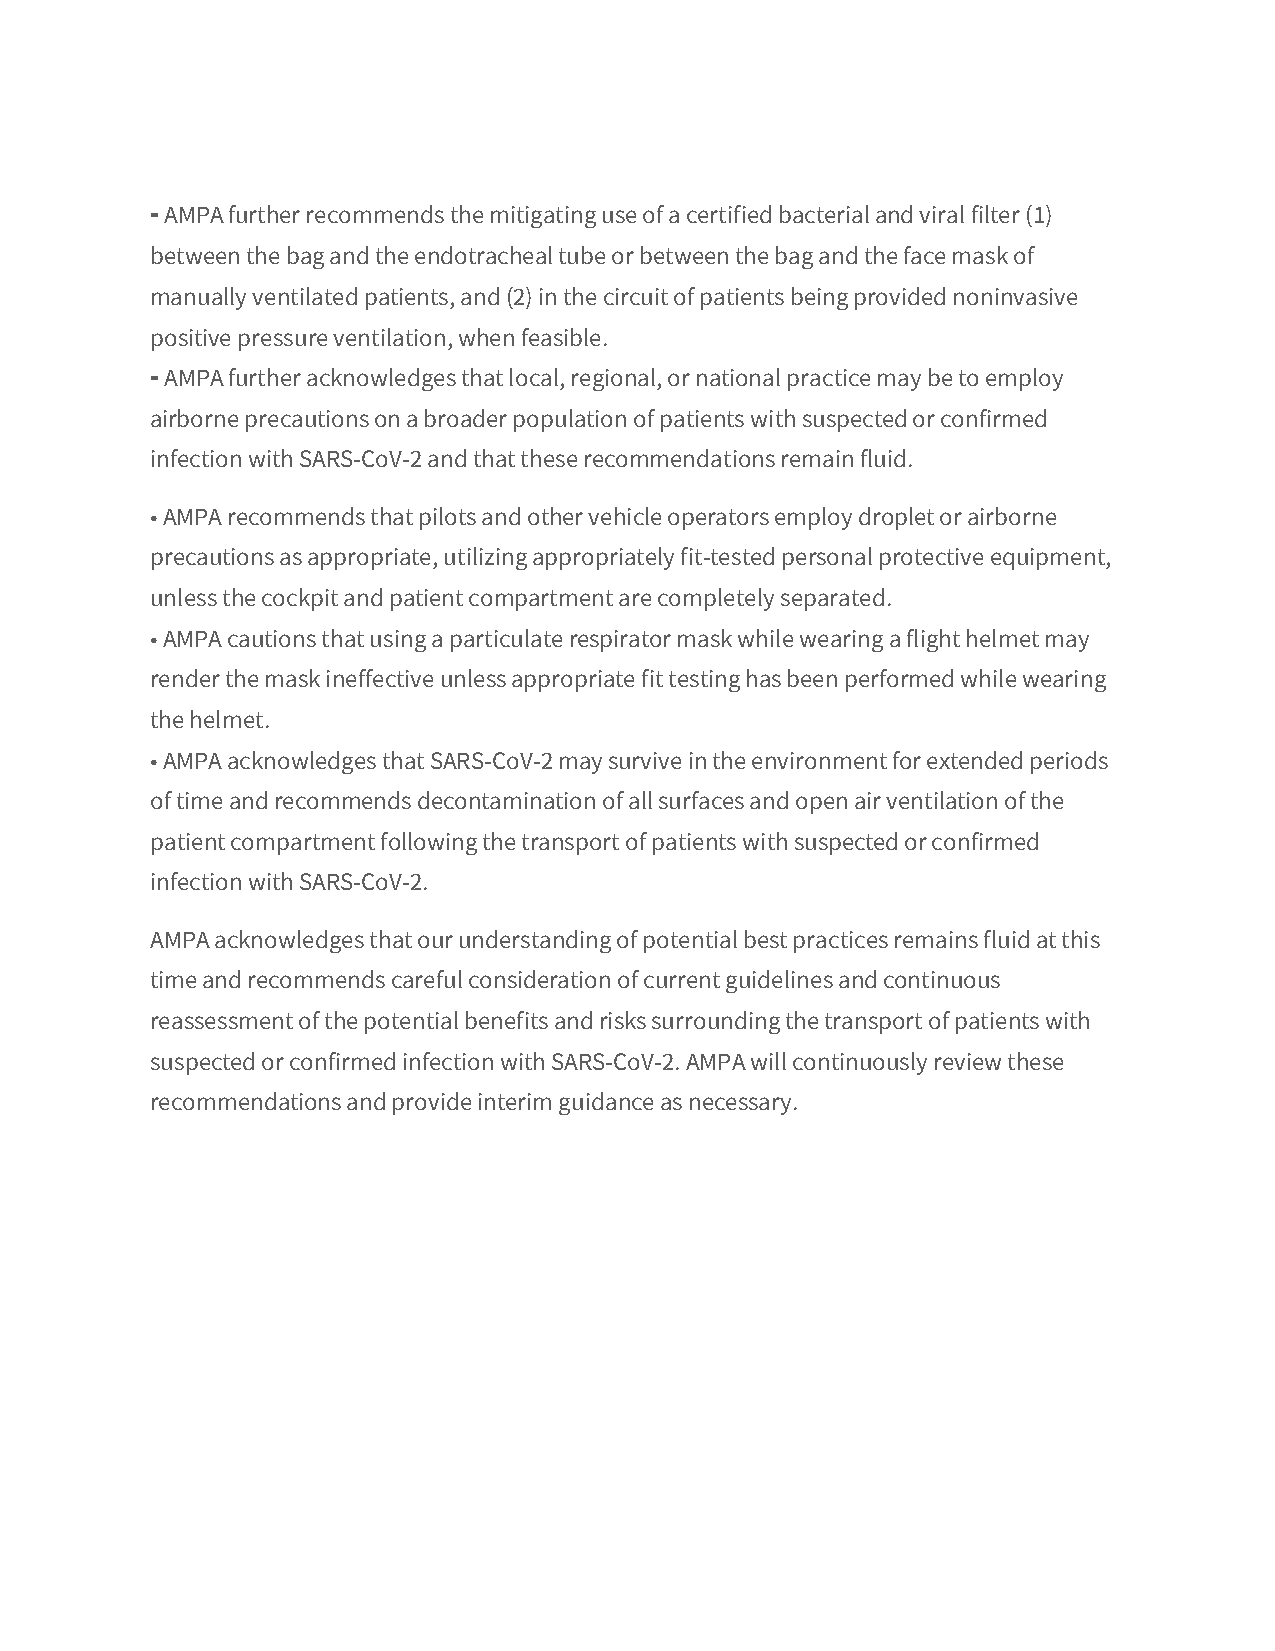
⁃ AMPA further recommends the mitigating use of a certified bacterial and viral filter (1)
 between the bag and the endotracheal tube or between the bag and the face mask of
 manually ventilated patients, and (2) in the circuit of patients being provided noninvasive
 positive pressure ventilation, when feasible.
 ⁃ AMPA further acknowledges that local, regional, or national practice may be to employ
 airborne precautions on a broader population of patients with suspected or confirmed
 infection with SARS-CoV-2 and that these recommendations remain fluid.
 • AMPA recommends that pilots and other vehicle operators employ droplet or airborne
 precautions as appropriate, utilizing appropriately fit-tested personal protective equipment,
 unless the cockpit and patient compartment are completely separated.
 • AMPA cautions that using a particulate respirator mask while wearing a flight helmet may
 render the mask ineffective unless appropriate fit testing has been performed while wearing
 the helmet.
 • AMPA acknowledges that SARS-CoV-2 may survive in the environment for extended periods
 of time and recommends decontamination of all surfaces and open air ventilation of the
 patient compartment following the transport of patients with suspected or confirmed
 infection with SARS-CoV-2.
 AMPA acknowledges that our understanding of potential best practices remains fluid at this
 time and recommends careful consideration of current guidelines and continuous
 reassessment of the potential benefits and risks surrounding the transport of patients with
 suspected or confirmed infection with SARS-CoV-2. AMPA will continuously review these
 recommendations and provide interim guidance as necessary.